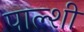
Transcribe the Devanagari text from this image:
पाल्शी